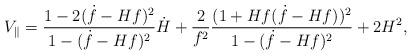
LaTeX: \begin{align*}V_\parallel=\frac{1-2(\dot{f}-Hf)^2}{1-(\dot{f}-Hf)^2}\dot{H}+\frac{2}{f^2}\frac{(1+Hf(\dot{f}-Hf))^2}{1-(\dot{f}-Hf)^2}+2H^2,\end{align*}